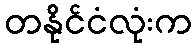
တနိုင်ငံလုံးက